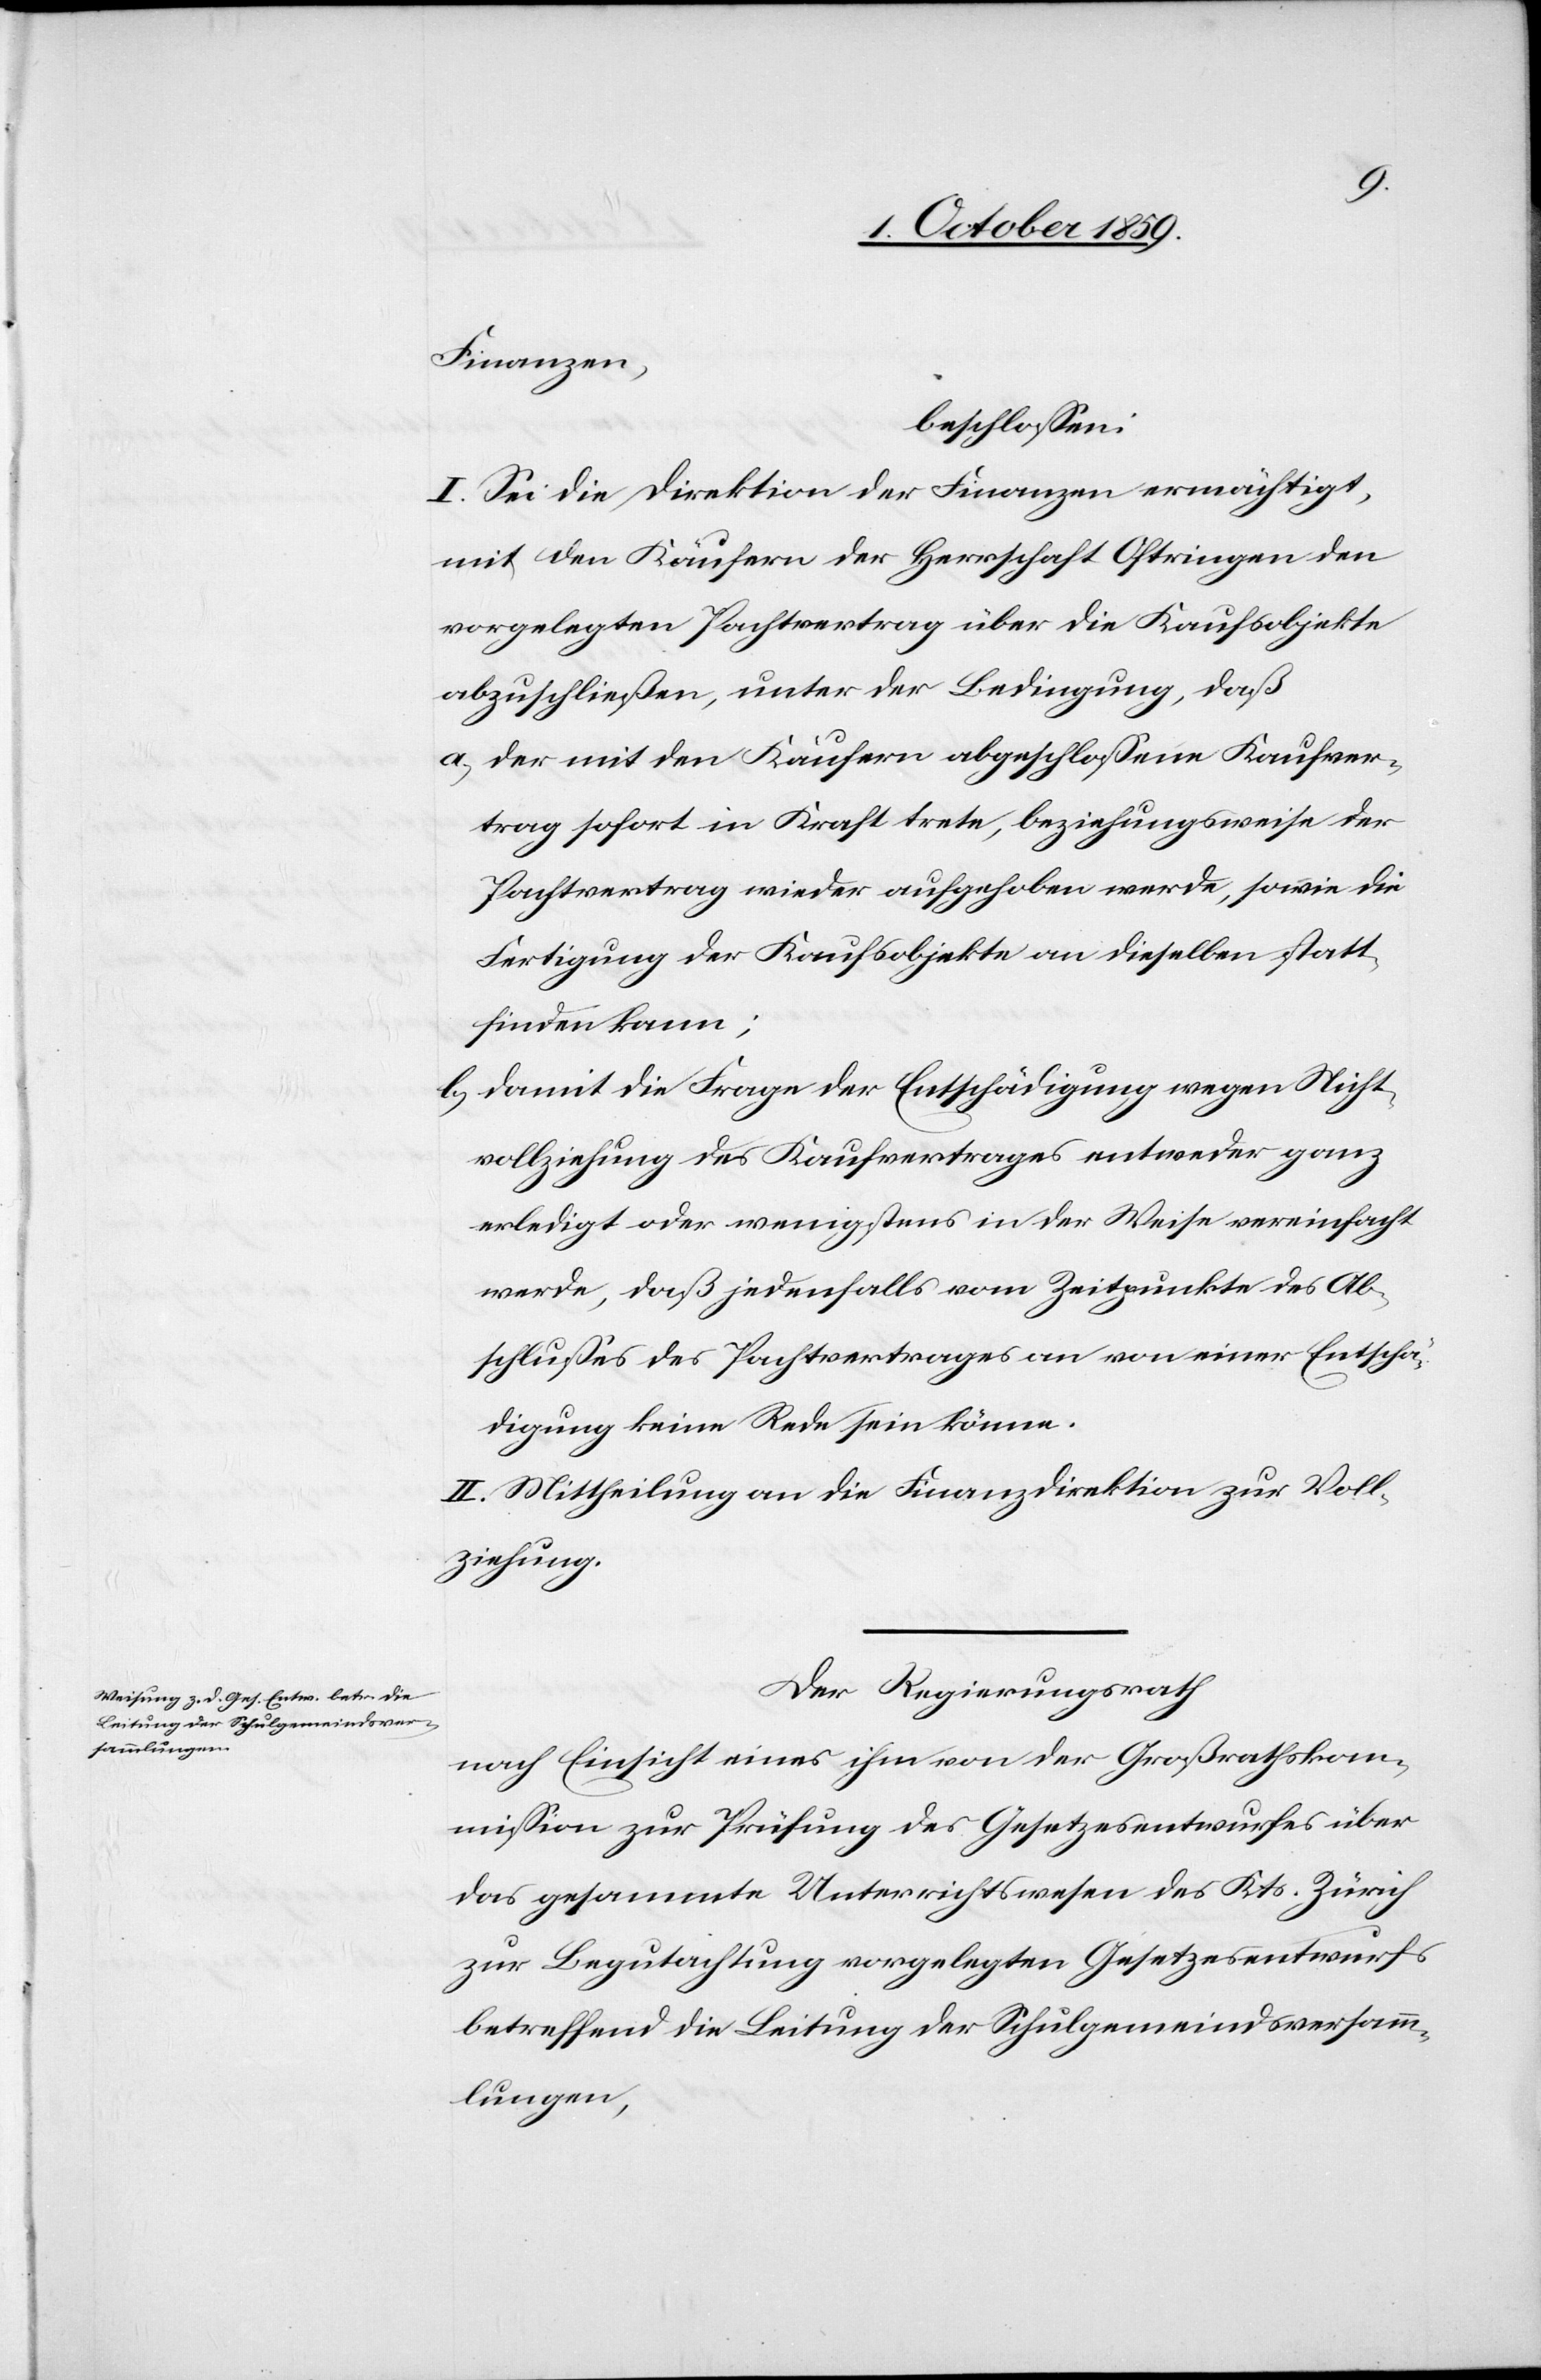
Finanzen
beschlossen:
I. Sei die Direktion der Finanzen ermächtigt,
mit den Käufern der Herrschaft Oftringen den
vorgelegten Pachtvertrag über die Kaufsobjekte
abzuschließen, unter der Bedingung, daß
a) der mit den Käufern abgeschlossene Kaufver¬
trag sofort in Kraft trete, beziehungsweise der
Pachtvertrag wieder aufgehoben werde, sowie die
Fertigung der Kaufobjekte an dieselben statt¬
finden kann;
b) damit die Frage der Entschädigung wegen Nicht¬
vollziehung des Kaufvertrages entweder ganz
erledigt oder wenigstens in der Weise vereinfacht
werde, daß jedenfalls vom Zeitpunkte des Ab¬
schlusses des Pachtvertrages an von einer Entschä¬
digung keine Rede sein könne.
II. Mittheilung an die Finanzdirektion zur Voll¬
ziehung.
Der Regierungsrath
nach Einsicht eines ihm von der Großrathskom¬
mission zur Prüfung des Gesetzesentwurfes über
das gesammte Unterrichtswesen das Kts. Zürich
zur Begutachtung vorgelegten Gesetzesentwurfs
betreffend die Leitung der Schulgemeindsversamm¬
lungen,